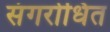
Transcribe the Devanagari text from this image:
संगरोधित